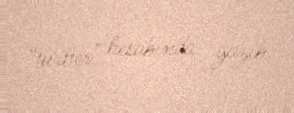
“twitter” hesabında yazıb.